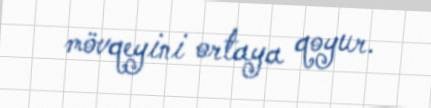
mövqeyini ortaya qoyur.